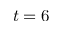
t = 6